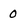
Character: 0